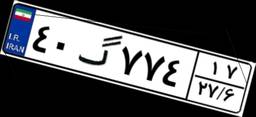
۴۰گ۷۷۴۱۷